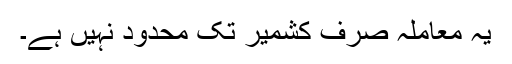
یہ معاملہ صرف کشمیر تک محدود نہیں ہے۔